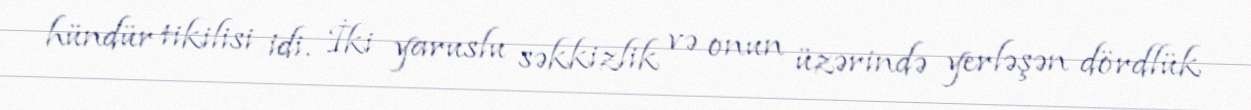
hündür tikilisi idi. İki yaruslu səkkizlik və onun üzərində yerləşən dördlük